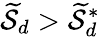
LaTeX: {\widetilde{\cal S}}_{d}>{\widetilde{\cal S}}_{d}^{*}